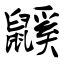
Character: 鼷